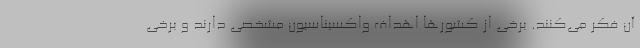
آن فکر می‌کنند. برخی از کشورها اهداف واکسیناسیون مشخصی دارند و برخی